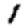
Digit: 1